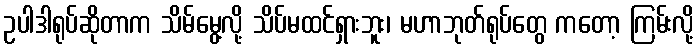
ဥပါဒါရုပ်ဆိုတာက သိမ်မွေ့လို့ သိပ်မထင်ရှားဘူး၊ မဟာဘုတ်ရုပ်တွေ ကတော့ ကြမ်းလို့